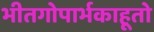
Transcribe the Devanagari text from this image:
भीतगोपार्भकाहूतो